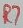
Text: R7